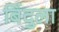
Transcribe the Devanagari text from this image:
बिंदुला